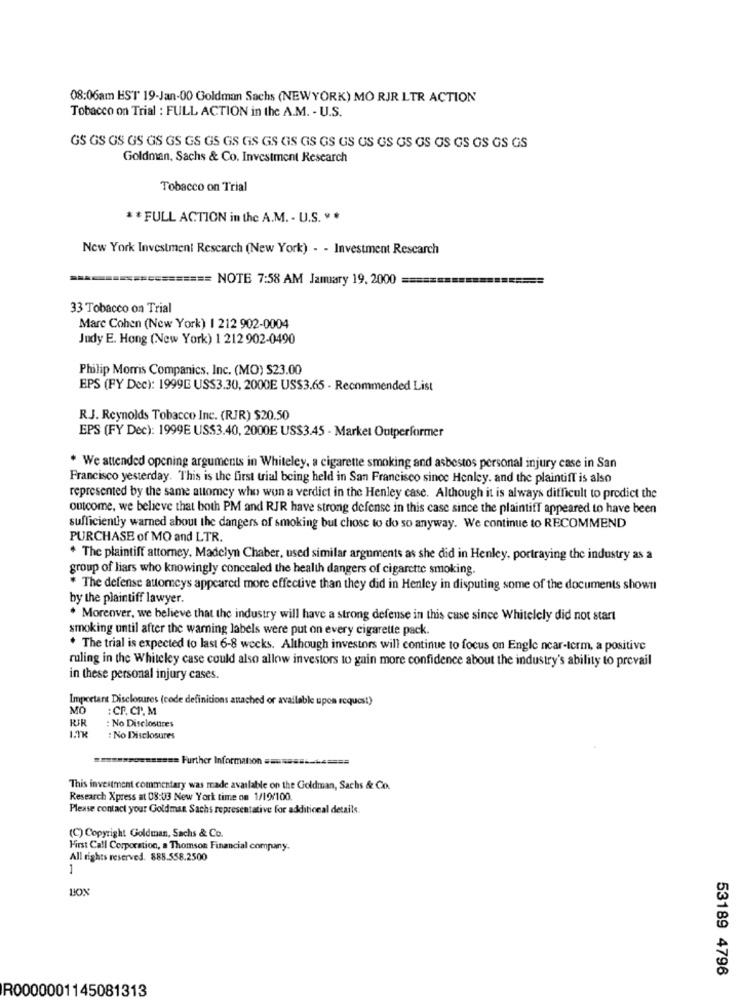
08:06am EST 19-Jan-00 Goldman Sachs (NEWYORK) MO RJR LTR ACTION
Tobacco on Trial : FULL ACTION in the A.M. - U.S.
GS GS GS GS GS GS GS GS GS GS GS GS GS GS GS US GS GS GS GS GS GS GS GS
Goldman, Sachs & Co. Investment Research
Tobacco on Trial
* * FULL ACTION in the A.M. - U.S. v .
New York Investment Research (New York) - - Investment Research
== NOTE 7:58 AM January 19, 2000
33 Tobacco on Trial
Mare Cohen (New York) | 212 902-0004
Judy E. Hong (New York) 1 212 902-0490
Philip Morris Companics, Inc. (MO) $23.00
EPS (FY Dec): 1999E USS3.30, 2000E US$3.65 - Recommended List
R.J. Reynolds Tobacco Inc. (RJR) $20.50
EPS (FY Dec): 1999E US$3.40, 2000E US$3.45 - Market Outperformer
* We attended opening arguments in Whiteley, a cigarette smoking and asbestos personal injury case in San
Francisco yesterday. This is the first trial being held in San Francisco since Henley. and the plaintiff is also
represented by the same attomey who won a verdict in the Henley case. Although it is always difficult to predict the
outcome, we believe that both PM and RJR have strong defense in this case since the plaintiff appeared to have been
sufficiently warned about the dangers of smoking but chose to do so anyway. We continue to RECOMMEND
PURCHASE of MO and LTR.
* The plaintiff attorney, Madelyn Chaber, used similar arguments as she did in Henley, portraying the industry as a
group of liars who knowingly concealed the health dangers of cigarette smoking
* The defense attorneys appeared more effective than they did in Henley in disputing some of the documents shown
by the plaintiff lawyer.
. Morenver, we believe that the industry will have a strong defense in this case since Whitelely did not start
smoking until after the warning labels were put on every cigarette pack.
. The trial is expected to last 6-8 weeks. Although investors will continue to focus on Engle ncar-term, a positive
ruling in the Whiteley case could also allow investors to gain more confidence about the industry's ability to prevail
in these personal injury cases.
Importare Disclosures (code definitions attached or available upon request)
MO
: CF. CP. M
RIR
: No Disclosures
: No Disclosures
====== Further Information ==============
This investment commentary was made available on the Goldman, Sachs & Co.
Research Xpress at 08:03 New York time on 1/19/100.
Please contact your Goldman Sachs representative for additional details.
(C) Copyright Goldman, Sachs & Co.
First Call Corporation, a Thomson Financial company.
All rights reserved. 888.558.2500
BON
53189 4796
R0000001145081313